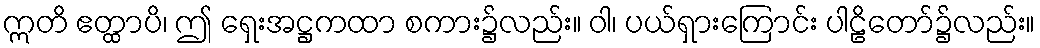
ဣတိ ဧတ္ထာပိ၊ ဤ ရှေးအဋ္ဌကထာ စကား၌လည်း။ ဝါ၊ ပယ်ရှားကြောင်း ပါဠိတော်၌လည်း။